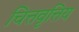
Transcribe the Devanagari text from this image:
चित्तवृत्तिय